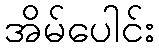
အိမ်ပေါင်း